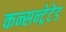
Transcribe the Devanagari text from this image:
कन्सन्ट्रेटेड